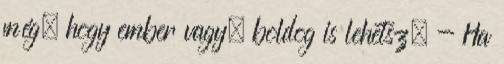
még, hogy ember vagy, boldog is lehetsz. - Ha